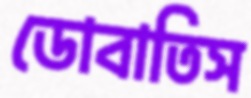
ডোবাতিস